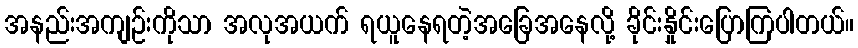
အနည်းအကျဉ်းကိုသာ အလုအယက် ရယူနေရတဲ့အခြေအနေလို့ ခိုင်းနှိုင်းပြောကြပါတယ်။